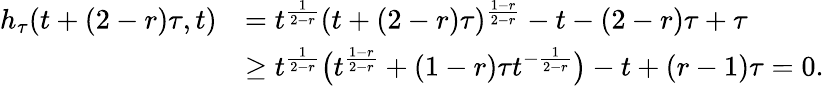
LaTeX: \begin{array}{rl}{h_{\tau}(t+(2-r)\tau,t)}&{=t^{\frac{1}{2-r}}(t+(2-r)\tau)^{\frac{1-r}{2-r}}-t-(2-r)\tau+\tau}\\ &{\geq t^{\frac{1}{2-r}}\big(t^{\frac{1-r}{2-r}}+(1-r)\tau t^{-\frac{1}{2-r}}\big)-t+(r-1)\tau=0.}\end{array}